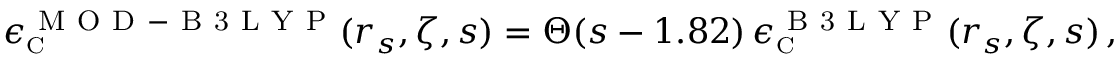
\epsilon _ { \scriptscriptstyle \mathrm { C } } ^ { \mathrm { ~ M ~ O ~ D ~ - ~ B ~ 3 ~ L ~ Y ~ P ~ } } ( r _ { s } , \zeta , s ) = \Theta ( s - 1 . 8 2 ) \, \epsilon _ { \scriptscriptstyle \mathrm { C } } ^ { \mathrm { ~ B ~ 3 ~ L ~ Y ~ P ~ } } ( r _ { s } , \zeta , s ) \, ,